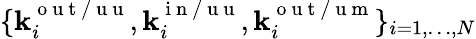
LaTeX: \lbrace\mathbf{k}_{i}^{\mathrm{{~o~u~t~/~u~u~}}},\mathbf{k}_{i}^{\mathrm{{~i~n~/~u~u~}}},\mathbf{k}_{i}^{\mathrm{{~o~u~t~/~u~m~}}}\rbrace_{i=1,\dots,N}